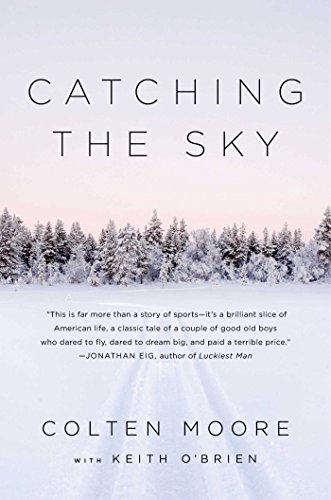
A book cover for Catching the Sky; Colten Moore; Sports & Outdoors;